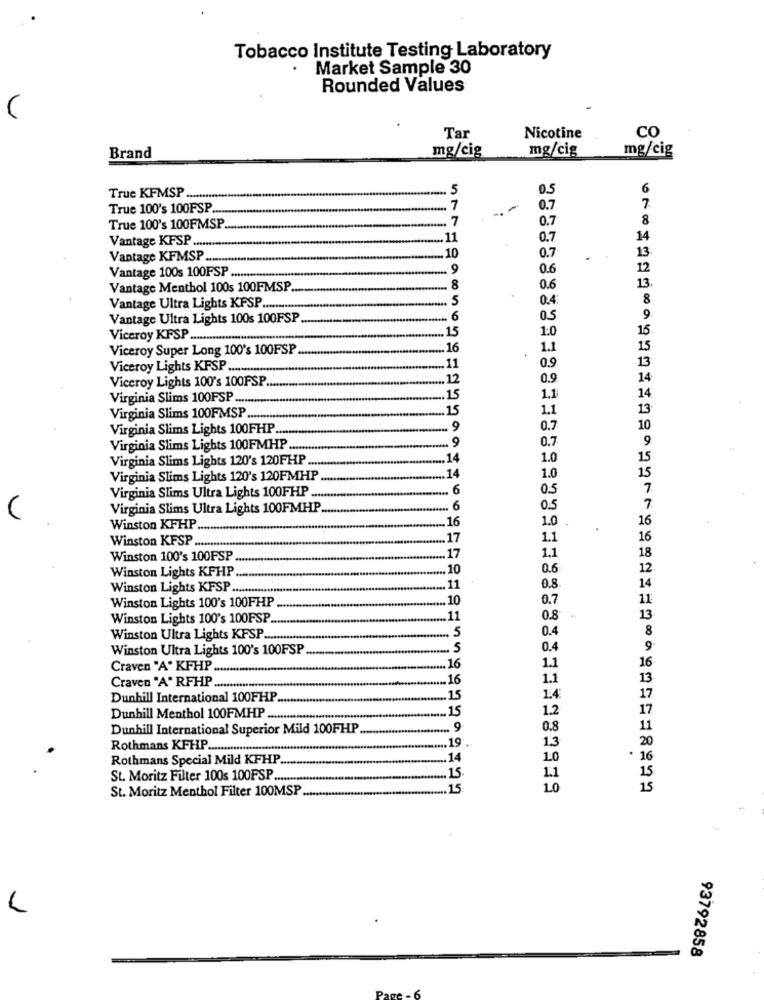
Tobacco Institute Testing Laboratory
· Market Sample 30
Rounded Values
CO
Tar
Nicotine
mg/cig
mg/cig
mg/cig
Brand
True KFMSP ..
05
6
True 100's 100FSP ..
7
0.7
7
. 7
0.7
8
True 100's 100FMSP
Vantage KPSP .....
.11
0.7
Vantage KFMSP
.10
0.7
.9
0.6
Vantage 100s 100FSP .....
Vantage Menthol 100s 100FMSP
.8
0.6
0.4
Vantage Ultra Lights KFSP .....
Vantage Ultra Lights 100s 100FSP
.6
0.5
15
1:0
Viceroy KFSP ...........
Viceroy Super Long 100's 100FSP
16
1.1
Viceroy Lights KFSP ....
11
0.9
Viceroy Lights 100's 100FSP
12
0.9
Virginia Slims 100FSP .......
.15
1.1
.15
1.1
Virginia Slims 100FMSP .
Virginia Slims Lights 100FHP
- 9
0.7
9
Virginia Slims Lights 100FMHP.
-. 9
0.7
Virginia Slims Lights 120's 120FHP
.14
1.0
15
15
Virginia Slims Lights 120's 120FMHP
14
1.0
.... 6
0.5
Virginia Slims Ultra Lights 100FHP.
Virginia Slims Ultra Lights 100FMHP ....
6
0.5
7
16
Winston KFHP
16
1.0 .
Winston KFSP.
17
1.1
16
18
Winston 100's 100FSP
.17
1.1
Winston Lights KFHP
10
0.6
12
Winston Lights KFSP
11
0.8
14
Winston Lights 100's 100FHP
.10
0.7
11
Winston Lights 100's 100FSP.
.11
0.8
13
.5
0.4
8
Winston Ultra Lights KFSP ..
Winston Ultra Lights 100's 100FSP
5
0.4
9-
Craven "A" KFHP
16
1.1
16
Craven "A" RFHP
16
1.1
13
Dunhill International 100FHP
15
1.4
17
.. 15
1.2
17
Dunhill Menthol 100FMHP
Dunhill International Superior Mild 100FHP
.... 9
0.8
11
20
Rothmans KFHP
19.
13
Rothmans Special Mild KFHP.
14
1.0
. 16
St. Moritz Filter 100s 100FSP ........
15
1.1
St. Moritz Menthol Filter 100MSP
15
1.0
93792858
Page - 6